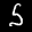
Label: 5